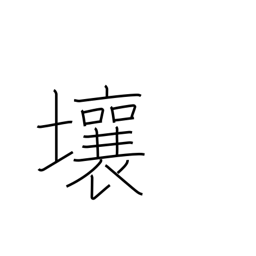
Meaning: loam